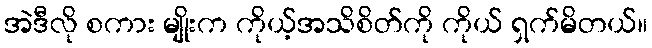
အဲဒီလို စကား မျိုးက ကိုယ့်အသိစိတ်ကို ကိုယ် ရှက်မိတယ်။